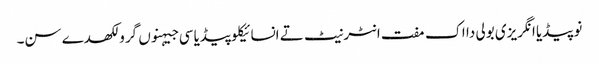
نوپیڈیا انگریزی بولی دا اک مفت انٹرنیٹ تے انسائیکلوپیڈیا سی جیہنوں گرو لکھدے سن۔